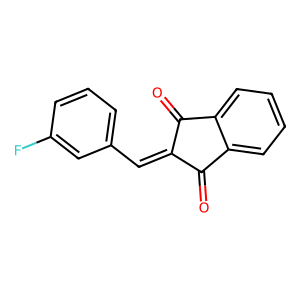
SMILES: O=C1C(=Cc2cccc(F)c2)C(=O)c2ccccc21
Inhibits HIV replication: No